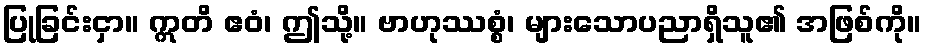
ပြုခြင်းငှာ။ ဣတိ ဧဝံ၊ ဤသို့။ ဗာဟုဿစ္စံ၊ များသောပညာရှိသူ၏ အဖြစ်ကို။